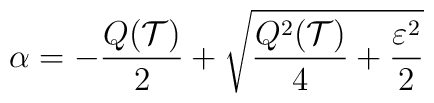
\alpha = -\frac{Q({\cal T})}{2} + \sqrt{\frac{Q^2({\cal T})}{4} + \frac{\varepsilon^2}{2}}